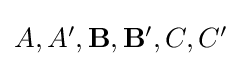
{\textstyle A,A',\mathbf {B} ,\mathbf {B} ',C,C'}